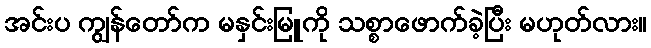
အင်းပ ကျွန်တော်က မနှင်းမြူကို သစ္စာဖောက်ခဲ့ပြီး မဟုတ်လား။